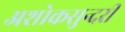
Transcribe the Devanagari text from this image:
अशोकसुन्दरी